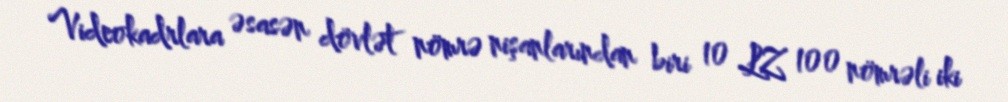
Videokadrlara əsasən dövlət nömrə nişanlarından biri 10 LZ 100 nömrəli iki